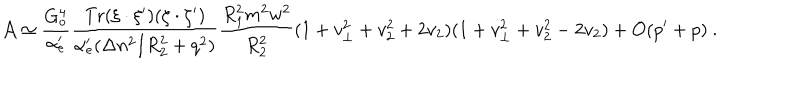
LaTeX: { \cal A } \simeq \frac { G _ { o } ^ { 4 } } { \alpha _ { e } ^ { \prime } } \frac { \mathrm { T r } ( \xi \cdot \xi ^ { \prime } ) ( \zeta \cdot \zeta ^ { \prime } ) } { \alpha _ { e } ^ { \prime } ( \Delta n ^ { 2 } / R _ { 2 } ^ { 2 } + q ^ { 2 } ) } \frac { R _ { 1 } ^ { 2 } m ^ { 2 } w ^ { 2 } } { R _ { 2 } ^ { 2 } } ( 1 + v _ { \perp } ^ { 2 } + v _ { 2 } ^ { 2 } + 2 v _ { 2 } ) ( 1 + v _ { \perp } ^ { 2 } + v _ { 2 } ^ { 2 } - 2 v _ { 2 } ) + { \cal O } ( p ^ { \prime } + p ) ~ .